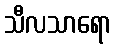
သီလသာရော